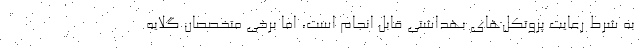
به شرط رعایت پروتکل‌های بهداشتی قابل انجام است، اما برخی متخصصان گلایه